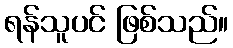
ရန်သူပင် ဖြစ်သည်။